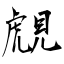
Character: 覤